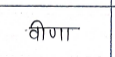
मजकूर: वीणा